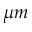
\mu m